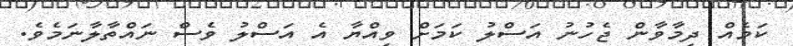
ކަމެއް ދިމާވާން ޖެހުނު އަސްލު ކަމަށް ވިއްޔާ އެ އަސްލު ވެސް ނައްތާލާނަމެވެ.